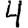
Digit: 4